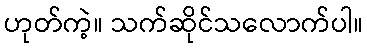
ဟုတ်ကဲ့။ သက်ဆိုင်သလောက်ပါ။